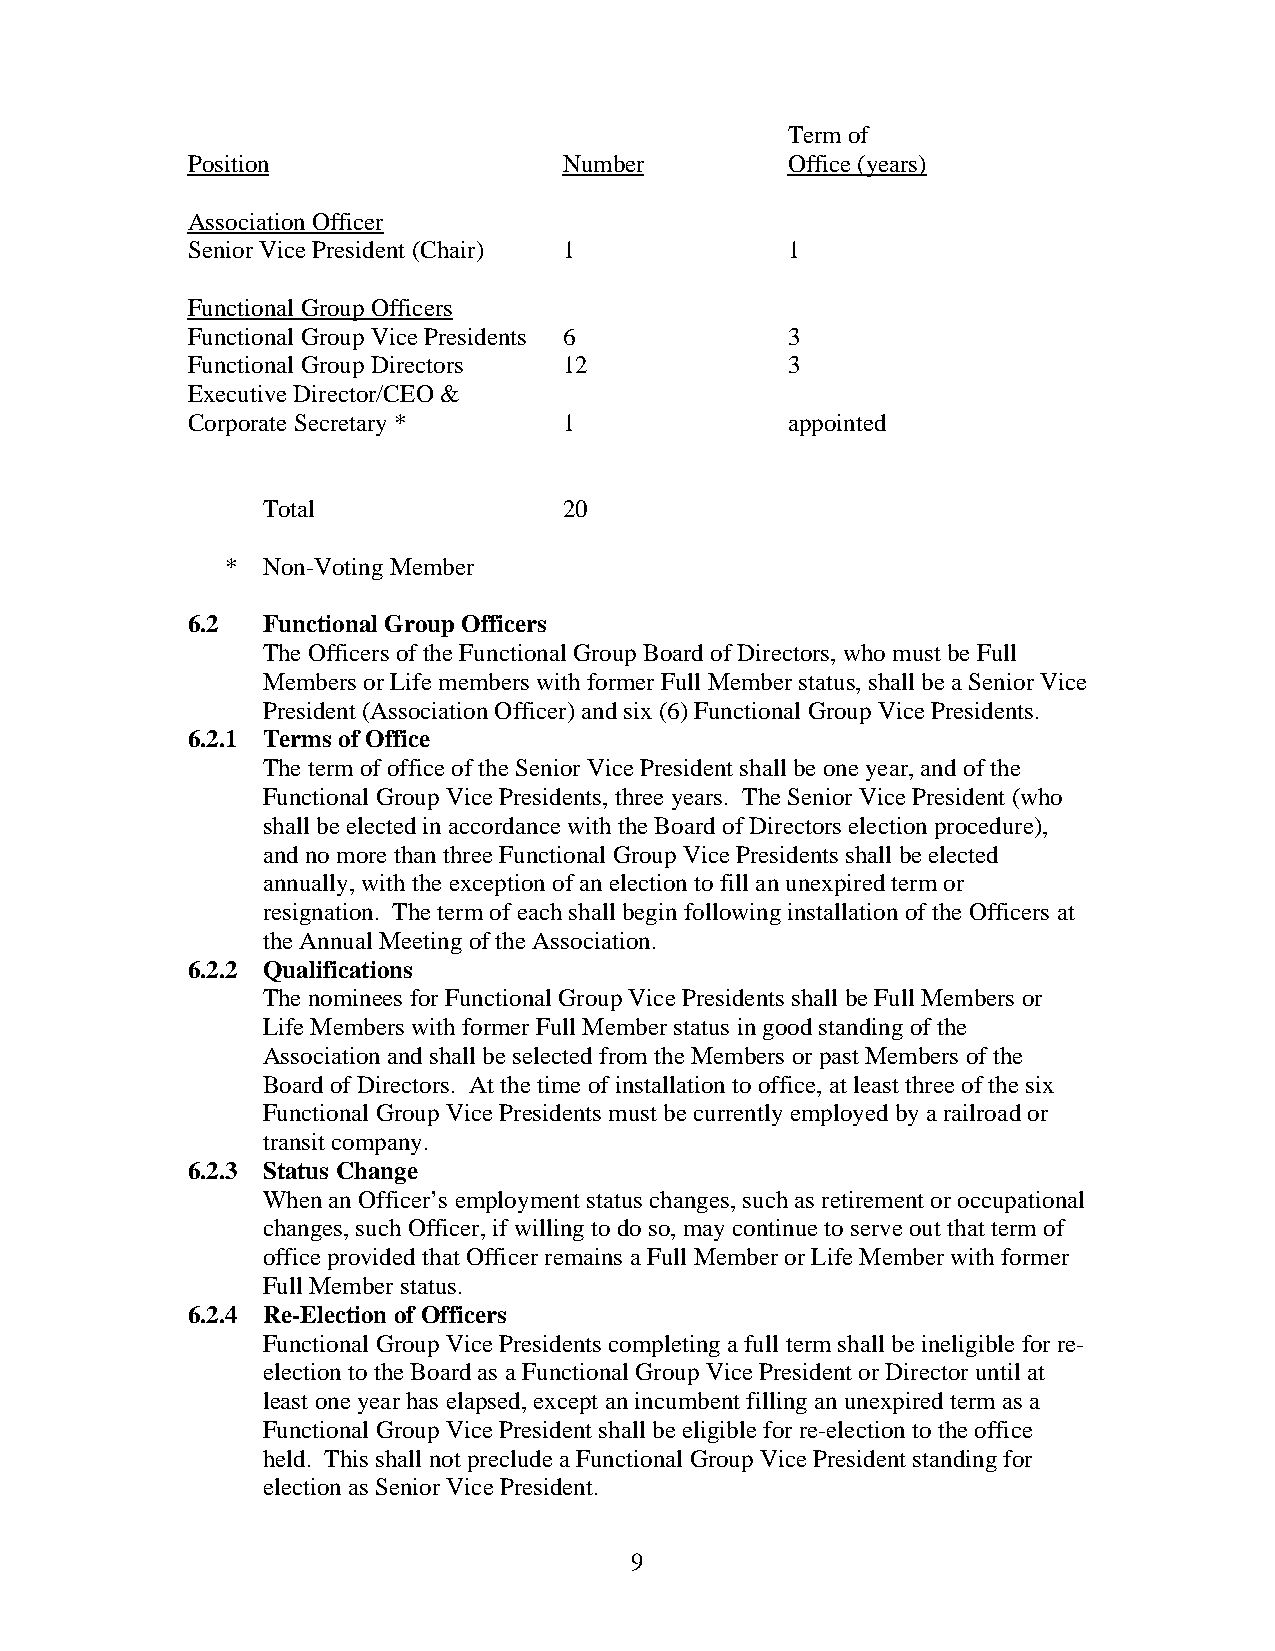
Term of
 Position                 Number         Office (years)
 Association Officer
 Senior Vice President (Chair) 1         1
 Functional Group Officers
 Functional Group Vice Presidents 6      3
 Functional Group Directors 12           3
 Executive Director/CEO &
 Corporate Secretary *    1              appointed
 Total               20
 * Non-Voting Member
 6.2  Functional Group Officers
 The Officers of the Functional Group Board of Directors, who must be Full
 Members or Life members with former Full Member status, shall be a Senior Vice
 President (Association Officer) and six (6) Functional Group Vice Presidents.
 6.2.1 Terms of Office
 The term of office of the Senior Vice President shall be one year, and of the
 Functional Group Vice Presidents, three years. The Senior Vice President (who
 shall be elected in accordance with the Board of Directors election procedure),
 and no more than three Functional Group Vice Presidents shall be elected
 annually, with the exception of an election to fill an unexpired term or
 resignation. The term of each shall begin following installation of the Officers at
 the Annual Meeting of the Association.
 6.2.2 Qualifications
 The nominees for Functional Group Vice Presidents shall be Full Members or
 Life Members with former Full Member status in good standing of the
 Association and shall be selected from the Members or past Members of the
 Board of Directors. At the time of installation to office, at least three of the six
 Functional Group Vice Presidents must be currently employed by a railroad or
 transit company.
 6.2.3 Status Change
 When an Officer’s employment status changes, such as retirement or occupational
 changes, such Officer, if willing to do so, may continue to serve out that term of
 office provided that Officer remains a Full Member or Life Member with former
 Full Member status.
 6.2.4 Re-Election of Officers
 Functional Group Vice Presidents completing a full term shall be ineligible for re-
 election to the Board as a Functional Group Vice President or Director until at
 least one year has elapsed, except an incumbent filling an unexpired term as a
 Functional Group Vice President shall be eligible for re-election to the office
 held. This shall not preclude a Functional Group Vice President standing for
 election as Senior Vice President.
 9